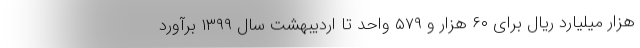
هزار میلیارد ریال برای ۶۰ هزار و ۵۷۹ واحد تا اردیبهشت سال ۱۳۹۹ برآورد